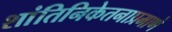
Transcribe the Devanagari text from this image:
शांतिनिकेतनाप्रमाणे